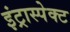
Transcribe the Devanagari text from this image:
इंट्रास्पेक्ट